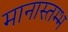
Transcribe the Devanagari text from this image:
मानास्तम्भ